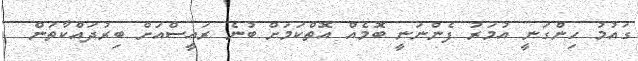
ގައުމު ހިންގަނީ އުމަރު ފެންނަނީ ބޮމެއް އޮތްކަމަށް ބުނެ ރައީސްއަށް ބިރުދައްކާތަން